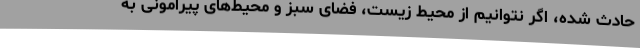
حادث شده، اگر نتوانیم از محیط زیست، فضای سبز و محیط‌های پیرامونی به